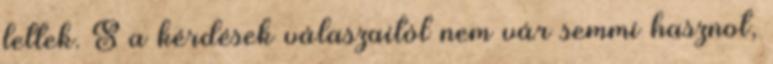
lettek. S a kérdések válaszaitól nem vár semmi hasznot,